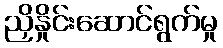
ညှိနှိုင်းဆောင်ရွက်မှု